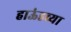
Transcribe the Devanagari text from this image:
हाऊंडच्या